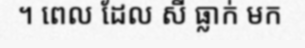
។ ពេល ដែល សី ធ្លាក់ មក